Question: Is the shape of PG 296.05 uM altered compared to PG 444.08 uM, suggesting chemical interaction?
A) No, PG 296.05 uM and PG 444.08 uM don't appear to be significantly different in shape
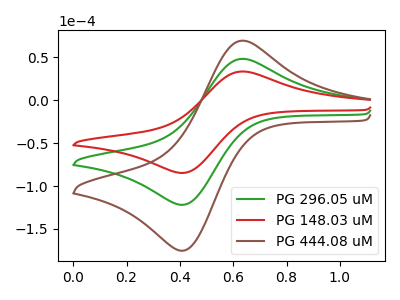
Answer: <think>The green curve "PG 296.05 uM" has an anodic peak at (0.65V, 48.30uA) and a cathodic peak at (0.40V, -121.50uA). The red curve "PG 148.03 uM" has an anodic peak at (0.65V, 33.55uA) and a cathodic peak at (0.40V, -84.45uA). The brown curve "PG 444.08 uM" has an anodic peak at (0.65V, 96.55uA) and a cathodic peak at (0.40V, -242.95uA).
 All the peaks in "PG 296.05 uM" have a peak in "PG 444.08 uM" at the same potential. Every peak in "PG 296.05 uM" is lower than every peak in "PG 444.08 uM".</think>
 <answer>A) No, "PG 296.05 uM" and "PG 444.08 uM" don't appear to be significantly different in shape</answer>
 <eval>A</eval>